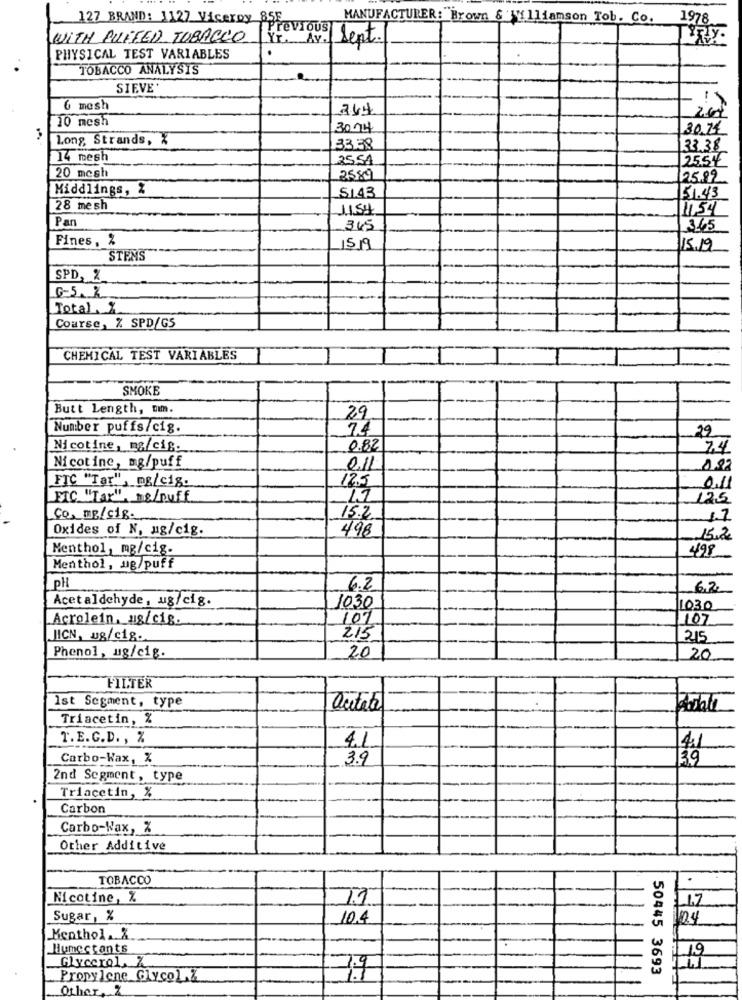
127 BRAND: 1127 Viceroy 855
MANUFACTURER: Brown & Williamson Tob. Co.
1978
Previous
WITH PUFFED TOBACCO
YT. Av.
TRY.
sept.
PHYSICAL TEST VARIABLES
TOBACCO ANALYSIS
SIEVE'
6 mesh
264
10 mesh
3014
30.74
Long, Strands, X
33.38
33.38
14 mesh
2551
25.54
20 mcsh
2589
25.89
Middlings, %
51.43
51.43
28 mesh
11.54
11,54
Pan
345
3.65
Fines,
59
15.19
STENS
SPD, %
6.5.2
Total. X
Course, % SPD/G5
CHEMICAL TEST VARIABLES
SMOKE
Butt Length, um.
29
Number puffs/cig.
74
29
Nicotine, mg/cig.
0.82
74
Nicotine, mg/puff
0.11
FTC "Tar", mg/c18.
12.5
0.11
FIC "Tar" mg/puff
125
COME/sig
15.2
1.7
Oxides of N, ug/cig.
498
15,2
Menthol, mg/cig.
498
Menthol, ug/puff
PH
6.2
6,2
Acet aldehyde, ug/cig.
1030
1030
Acrolein. ug/cig.
107
107
JICN, ug/c18.
215
215
Phenol, ug/cig.
20
20
FILTER
Ist Segment, type
Outate
Podali
Triacetin, %
T. E. C.D. , %
4.1
Carbo-Wax, X
3.9
39
2nd Segment, type
Triaçetin, %
Carbon
Carbo-Wax, %
Other Additive
TOBACCO
Nicotine, %
TI
Sugar, %
10.4
04
Menthol .. &
Humectants
19
Glycerol. Z
50445 3693
Propylene Glycol,Z
Other. 2